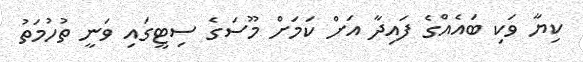
ކިޔާ ވަކި ބައެއްގެ ފައިދާ އަށް ކަމަށް މޫސަގެ ސިޓީގައި ވަނީ ތުހުމަތު